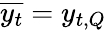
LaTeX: \overline{{y_{t}}}=y_{t,Q}